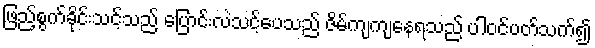
ဖြည့်စွက်ခိုင်းသင့်သည် ပြောင်းလဲသင့်ပေသည် ဇိမ်ကျကျနေရသည် ပါဝင်ပတ်သက်၍